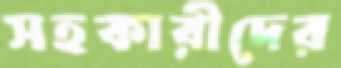
সহকারীদের